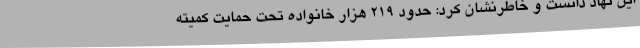
این نهاد دانست و خاطرنشان کرد: حدود 219 هزار خانواده تحت حمایت کمیته